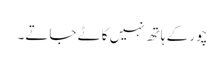
چور کے ہاتھ نہیں کاٹے جاتے۔